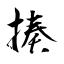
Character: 揍